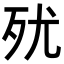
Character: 𣧗